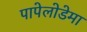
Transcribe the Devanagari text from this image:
पापेलोडेमा